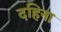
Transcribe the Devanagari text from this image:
दहिना